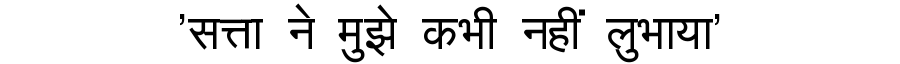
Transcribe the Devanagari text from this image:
'सत्ता ने मुझे कभी नहीं लुभाया'